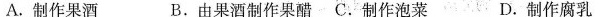
A.制作果酒 B.由果酒制作果醋C.制作泡菜 D.制作腐乳